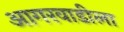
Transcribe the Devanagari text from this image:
आगरवाडीला